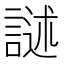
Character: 𮘣